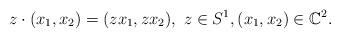
LaTeX: \begin{align*}z \cdot (x_1,x_2) = (zx_1,zx_2), \ z \in S^1, (x_1,x_2) \in \mathbb{C}^2.\end{align*}